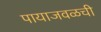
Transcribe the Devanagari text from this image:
पायाजवळची